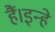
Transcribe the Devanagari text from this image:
हैं।इन्हे